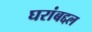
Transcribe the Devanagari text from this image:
घरांबद्दल